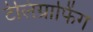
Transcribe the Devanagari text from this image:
टेलिग्राफिंग